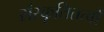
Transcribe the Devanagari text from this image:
संस्कृतितत्वों